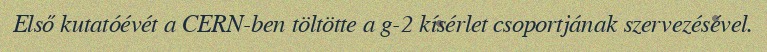
Első kutatóévét a CERN-ben töltötte a g-2 kísérlet csoportjának szervezésével.